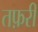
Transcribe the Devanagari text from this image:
तफ़री